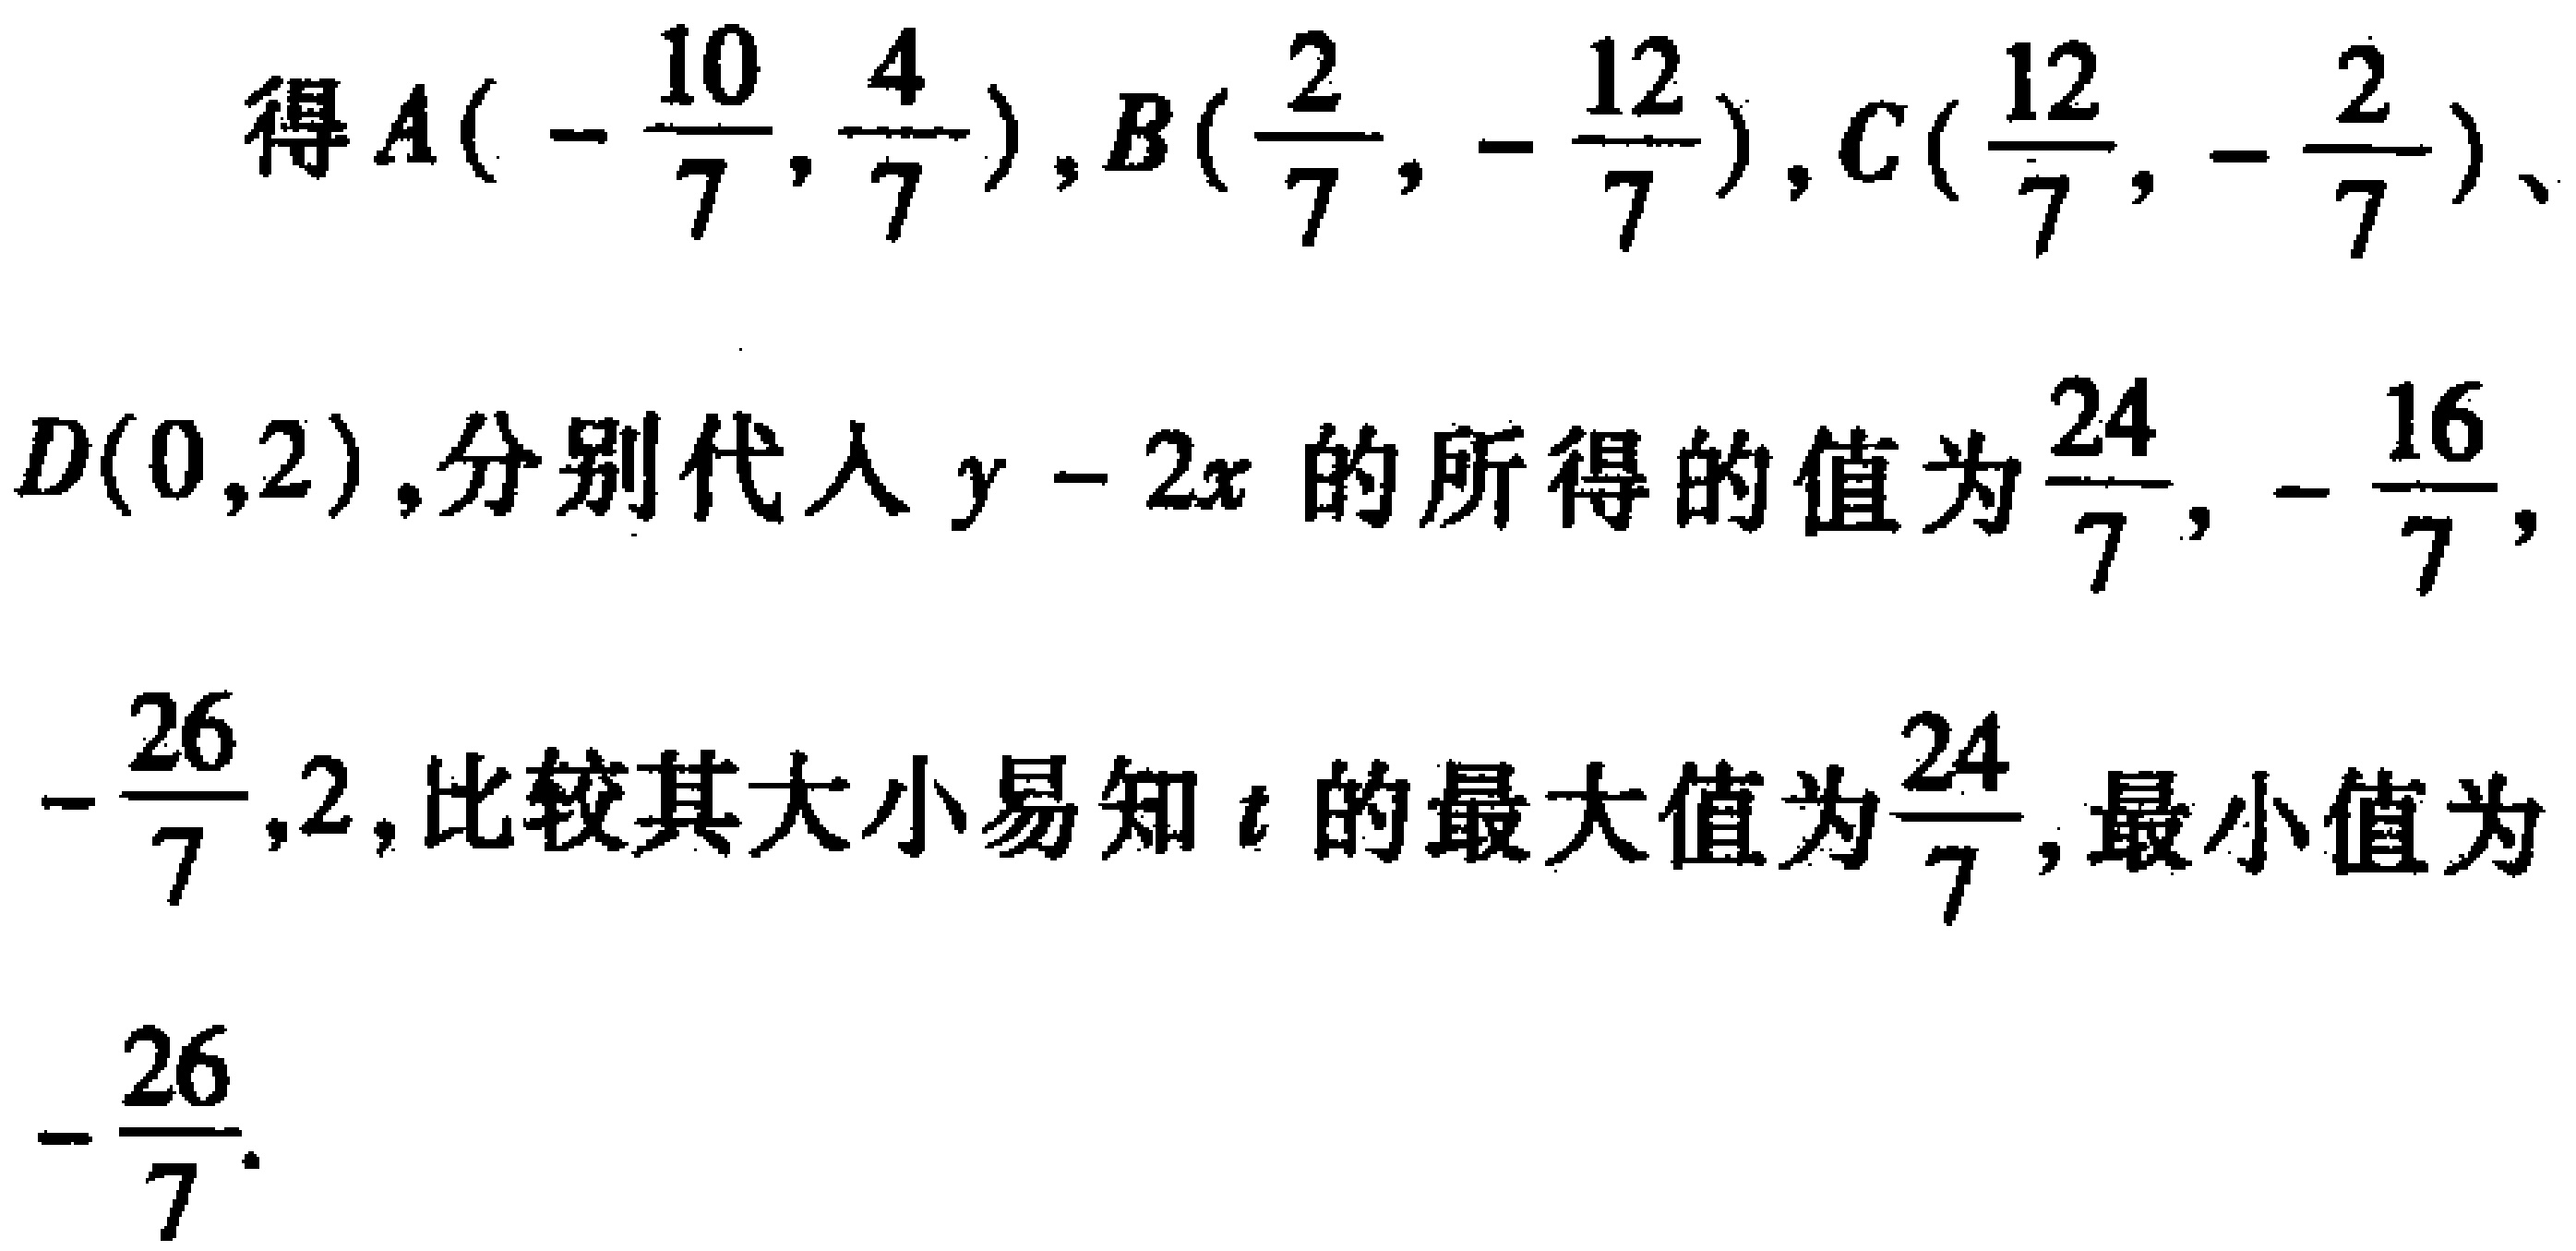
得\(A(-\frac{10}{7},\frac{4}{7})\)，\(B(\frac{2}{7},-\frac{12}{7})\)，\(C(\frac{12}{7},-\frac{2}{7})\)、\(D(0,2)\)，分别代入\(y - 2x\)的所得的值为\(\frac{24}{7},-\frac{16}{7},-\frac{26}{7},2\)，比较其大小易知\(t\)的最大值为\(\frac{24}{7}\)，最小值为\(-\frac{26}{7}\)。